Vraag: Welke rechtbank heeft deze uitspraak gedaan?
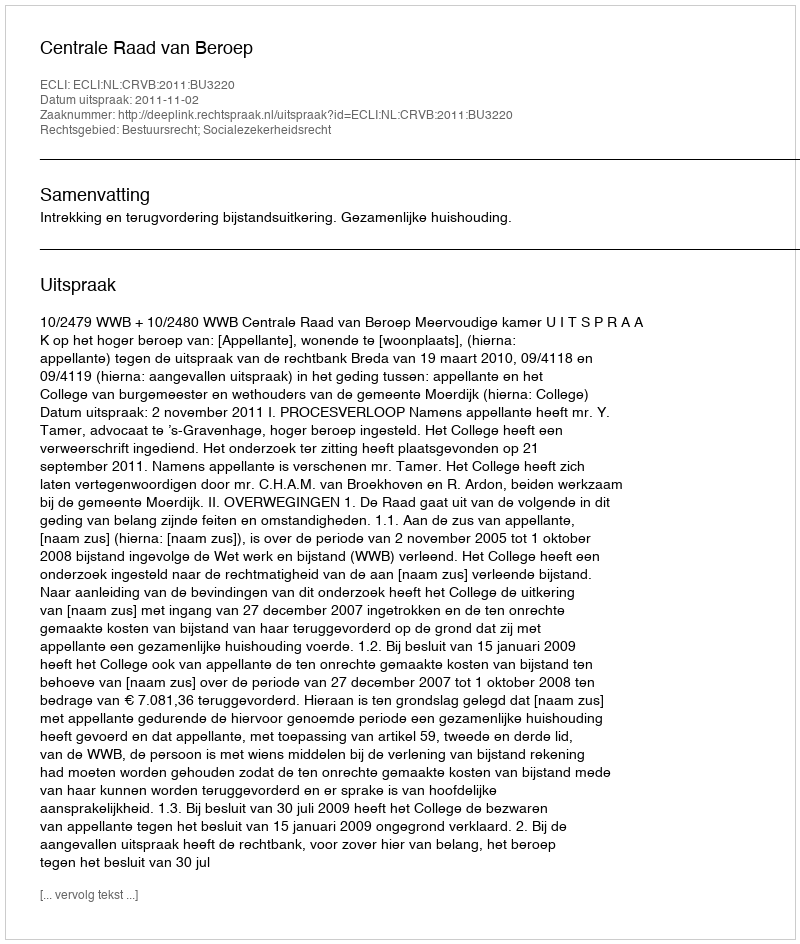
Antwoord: Centrale Raad van Beroep